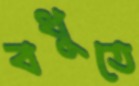
বধুতে